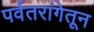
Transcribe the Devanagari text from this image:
पर्वतरांगेतून